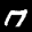
Label: 7